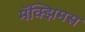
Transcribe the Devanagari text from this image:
मॅक्झिमस